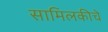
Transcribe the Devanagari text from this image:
सामिलकीचे